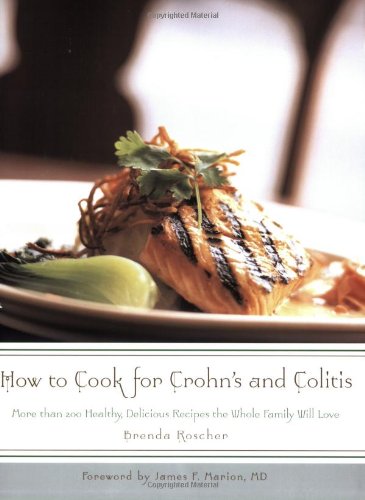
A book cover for How to Cook for Crohn's and Colitis: More than 200 healthy, delicious recipes the whole family will love; Brenda Roscher; Cookbooks, Food & Wine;